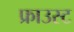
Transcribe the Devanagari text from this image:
फ्राउस्ट